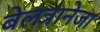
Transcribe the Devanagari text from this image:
बेलत्रानेजा